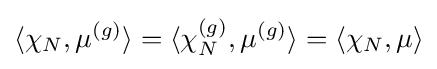
\langle \chi _{N},\mu ^{(g)}\rangle =\langle \chi _{N}^{(g)},\mu ^{(g)}\rangle =\langle \chi _{N},\mu \rangle